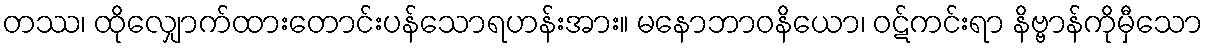
တဿ၊ ထိုလျှောက်ထားတောင်းပန်သောရဟန်းအား။ မနောဘာဝနိယော၊ ဝဋ်ကင်းရာ နိဗ္ဗာန်ကိုမှီသော